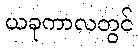
ယခုကာလတွင်